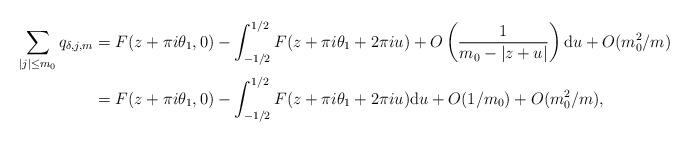
LaTeX: \begin{align*} \sum_{ |j| \leq m_0} q_{\delta,j,m} &= F(z+\pi i \theta_1,0) - \int_{-1/2}^{1/2} F(z+\pi i \theta_1 + 2 \pi i u) + O\left( \frac{1}{m_0 - |z+u| } \right) \mathrm{d}u + O(m_0^2/m) \\&= F(z+\pi i \theta_1,0) - \int_{-1/2}^{1/2} F(z+\pi i \theta_1 + 2 \pi i u) \mathrm{d}u + O(1/m_0) + O(m_0^2/m),\end{align*}